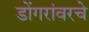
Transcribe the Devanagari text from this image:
डोंगरांवरचे